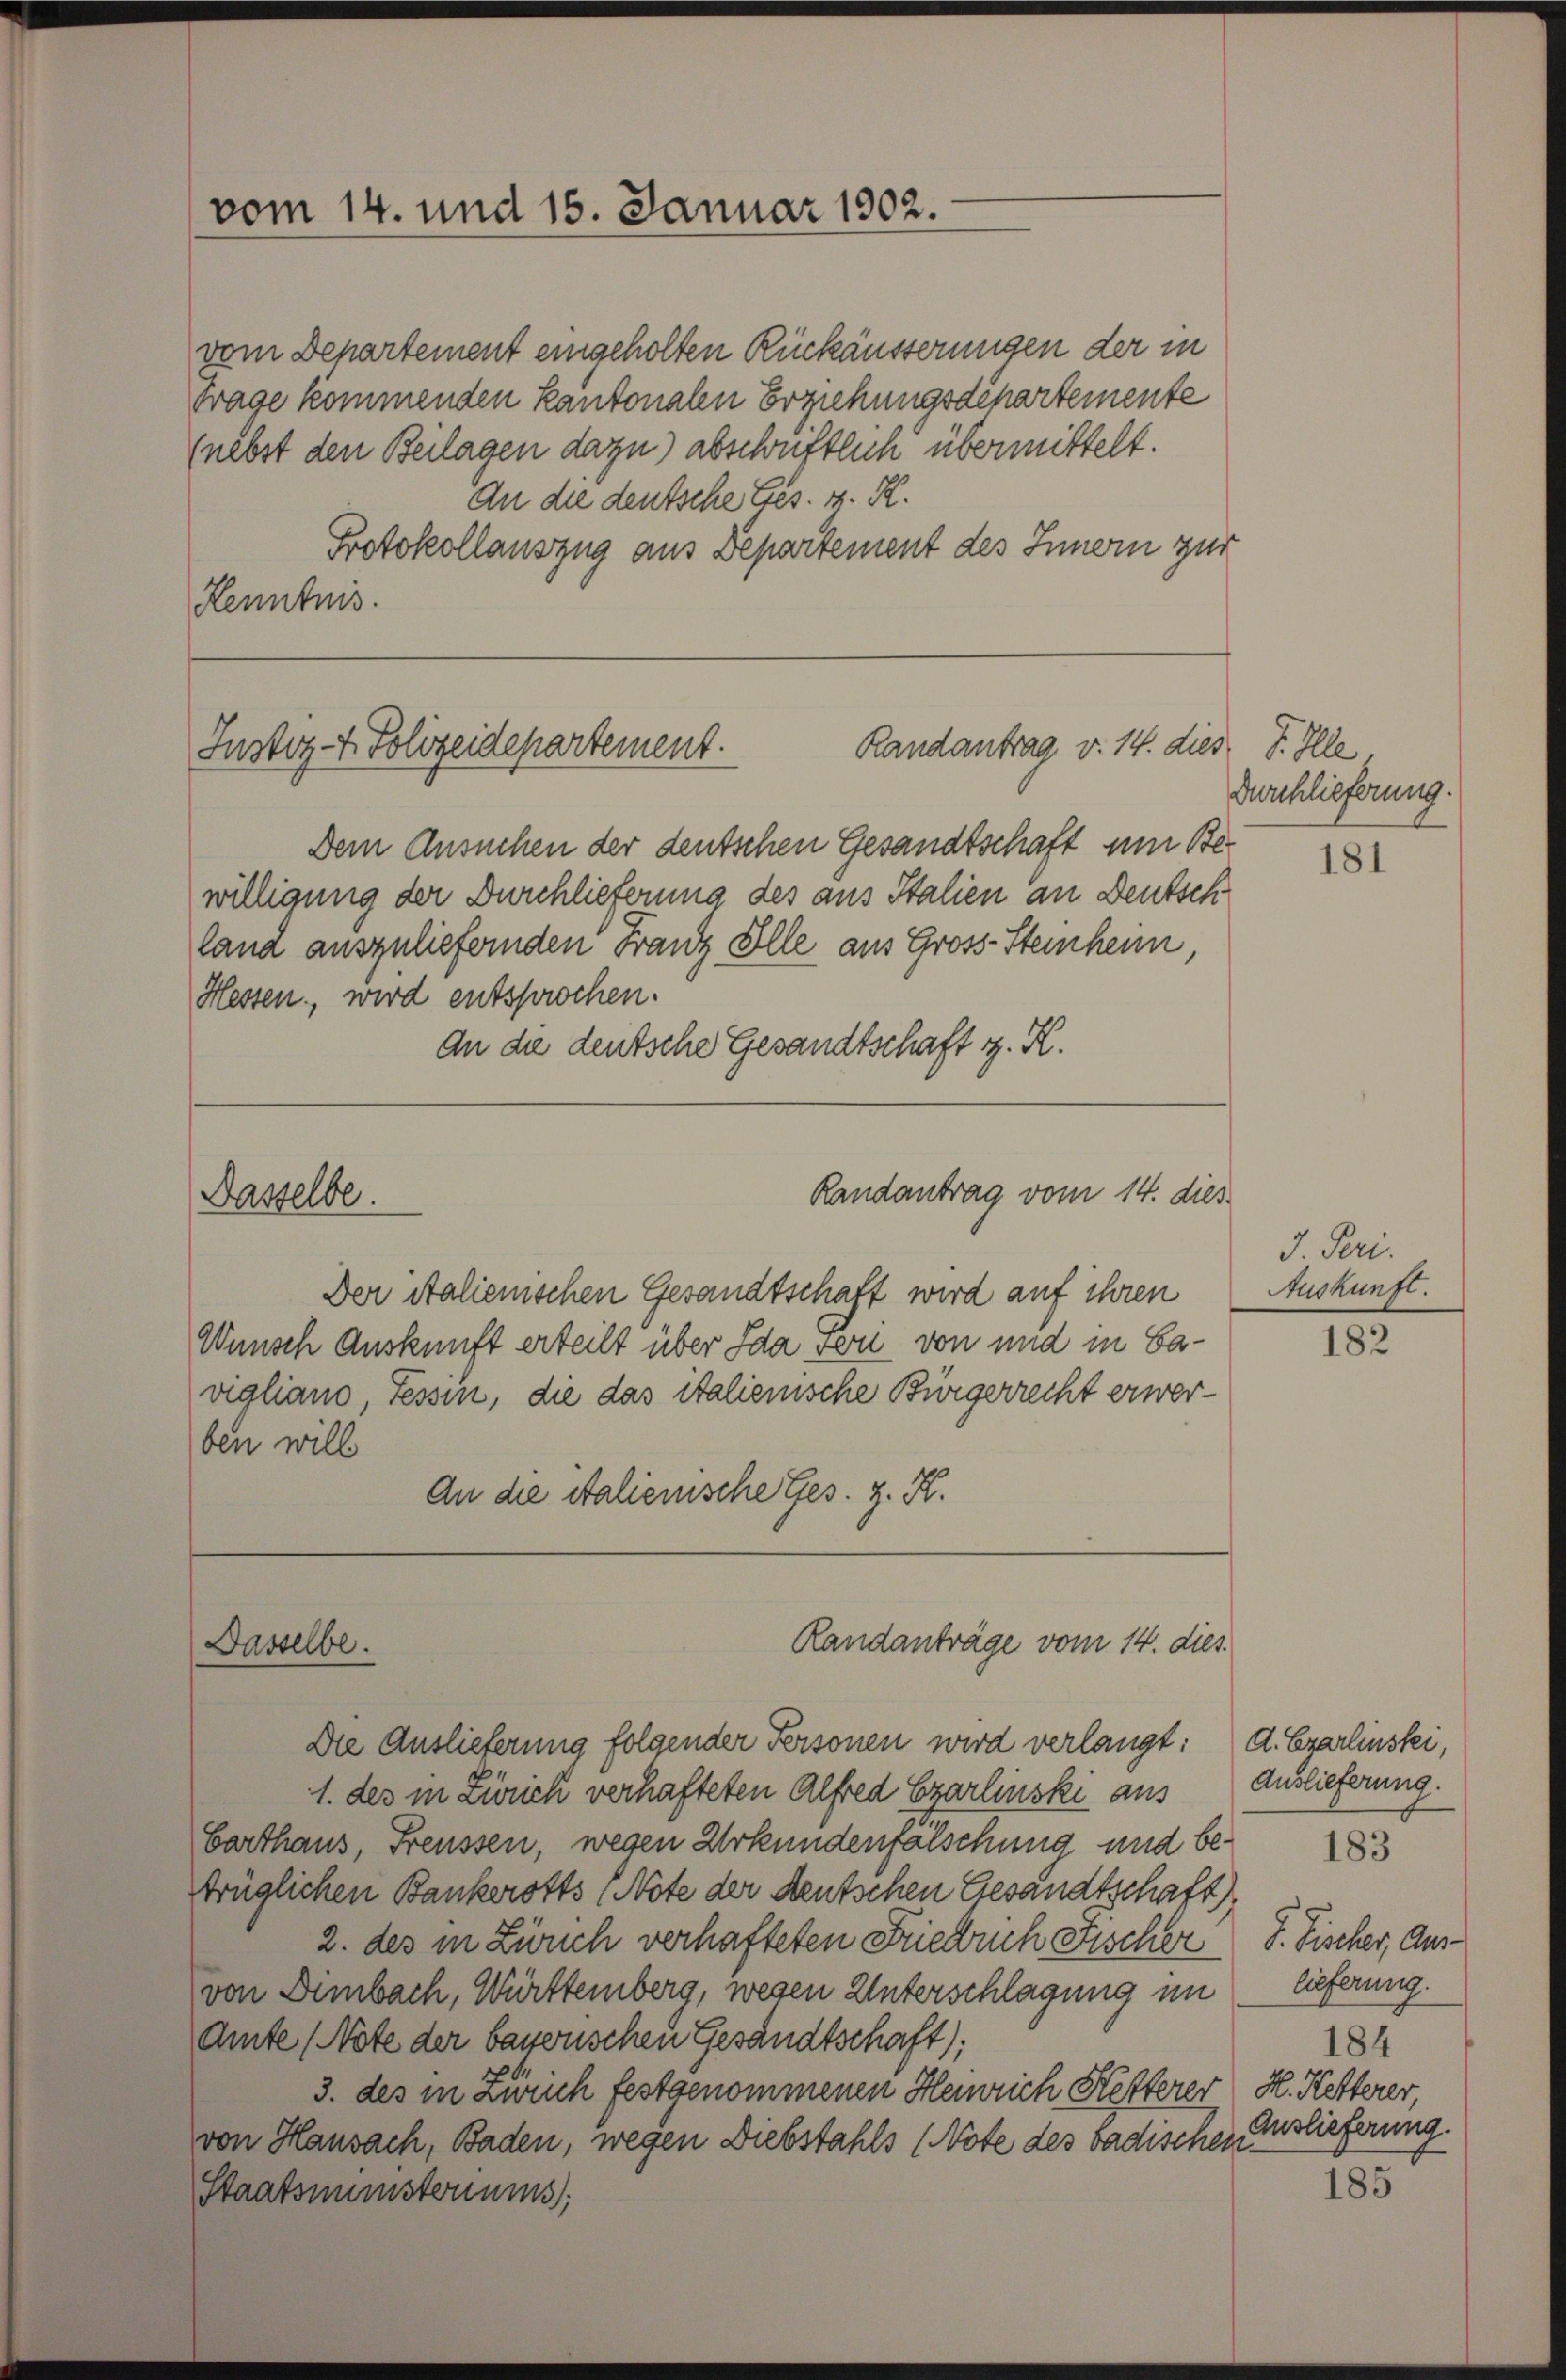
vom 14. und 15. Januar 1902.

vom Departement eingeholten Rückäusserungen der in
Trage kommenden kantonalen Erziehungsdepartemente
(nebst den Beilagen dazu) abschriftlich übermittelt.
An die deutsche Ges. v. M.
Protokollauszug aus Departement des Innern zur
Henntnis.

Justiz- & Polizeidepartement.
Randantrag v. 14. dies J. Ille.

Dem Ansuchen der deutschen Gesandtschaft mir Bewilligung der Durchlieferung des aus Italien an Deutsch
lana auszuliefernden Franz Alle aus Gross-Steinheim,
Hessen, wird entsprochen.
An die deutsche Gesandtschaft z. K.
Randantrag vom 14. dies
Dasselbe.
Der Stalienischen Gesandtschaft wird auf ihren
Wunsch Auskunft erteilt über Ida Feri von und in Cavigliano, Tessin, die das italienische Bürgerrecht erwerben will
An die Stalienische Ges. z. K.

Randanträge vom 14. dies
Dasselbe.

Die Auslieferung folgender Personen wird verlangt: d. Czarlinstei,
1. des in Zürich verhafteten Alfred Ezarlinski aus Auslieferung.
Barthaus, Freussen, wegen Urkundenfälschung und be- 83
trüglichen Bankerotts (Note der deutschen Gesandtschaft)
2. des in Zürich verhafteten Friedrich Fischer S. Fischer, Ausvon Dimbach, Württemberg, wesen Unterschlagung im
Amte (Note der bayerischen Gesandtschaft);
3. des in Zürich festgenommenen Heinrich Hefterer H. Ketterer,
von Hausach, Baden, wegen Diebstahls (Note des badischen Auslieferung.
Staatsmünstenums

Durchlieferung.

181

J. Feri.
Auskunft.

182

lieferung.
184

185